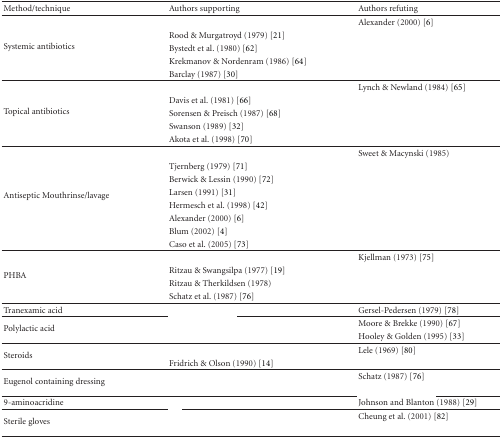
<table><thead><tr><td><b>Method/technique</b></td><td><b>Authors supporting</b></td><td><b>Authors refuting</b></td></tr></thead><tbody><tr><td rowspan="5">Systemic antibiotics</td><td>[EMPTY_CELL]</td><td>Alexander (2000) [6]</td></tr><tr><td>Rood &amp; Murgatroyd (1979) [21]</td><td>[EMPTY_CELL]</td></tr><tr><td>Bystedt et al. (1980) [62]</td><td>[EMPTY_CELL]</td></tr><tr><td>Krekmanov &amp; Nordenram (1986) [64]</td><td>[EMPTY_CELL]</td></tr><tr><td>Barclay (1987) [30]</td><td>[EMPTY_CELL]</td></tr><tr><td rowspan="5">Topical antibiotics</td><td>[EMPTY_CELL]</td><td>Lynch &amp; Newland (1984) [65]</td></tr><tr><td>Davis et al. (1981) [66]</td><td>[EMPTY_CELL]</td></tr><tr><td>Sorensen &amp; Preisch (1987) [68]</td><td>[EMPTY_CELL]</td></tr><tr><td>Swanson (1989) [32]</td><td>[EMPTY_CELL]</td></tr><tr><td>Akota et al. (1998) [70]</td><td>[EMPTY_CELL]</td></tr><tr><td rowspan="8">Antiseptic Mouthrinse/lavage</td><td>[EMPTY_CELL]</td><td>Sweet &amp; Macynski (1985)</td></tr><tr><td>Tjernberg (1979) [71]</td><td>[EMPTY_CELL]</td></tr><tr><td>Berwick &amp; Lessin (1990) [72]</td><td>[EMPTY_CELL]</td></tr><tr><td>Larsen (1991) [31]</td><td>[EMPTY_CELL]</td></tr><tr><td>Hermesch et al.<i> (1998)</i> [42]</td><td>[EMPTY_CELL]</td></tr><tr><td>Alexander (2000) [6]</td><td>[EMPTY_CELL]</td></tr><tr><td>Blum (2002) [4]</td><td>[EMPTY_CELL]</td></tr><tr><td>Caso et al. (2005) [73]</td><td>[EMPTY_CELL]</td></tr><tr><td rowspan="4">PHBA</td><td>[EMPTY_CELL]</td><td>Kjellman (1973) [75]</td></tr><tr><td>Ritzau &amp; Swangsilpa (1977) [19]</td><td>[EMPTY_CELL]</td></tr><tr><td>Ritzau &amp; Therkildsen (1978)</td><td>[EMPTY_CELL]</td></tr><tr><td>Schatz et al. (1987) [76]</td><td>[EMPTY_CELL]</td></tr><tr><td>Tranexamic acid</td><td>[EMPTY_CELL]</td><td>Gersel-Pedersen (1979) [78]</td></tr><tr><td rowspan="2">Polylactic acid</td><td>[EMPTY_CELL]</td><td>Moore &amp; Brekke (1990) [67]</td></tr><tr><td>[EMPTY_CELL]</td><td>Hooley &amp; Golden (1995) [33]</td></tr><tr><td rowspan="2">Steroids</td><td>[EMPTY_CELL]</td><td>Lele (1969) [80]</td></tr><tr><td>Fridrich &amp; Olson (1990) [14]</td><td>[EMPTY_CELL]</td></tr><tr><td rowspan="2">Eugenol containing dressing</td><td>[EMPTY_CELL]</td><td>Schatz (1987) [76]</td></tr><tr><td>[EMPTY_CELL]</td><td>[EMPTY_CELL]</td></tr><tr><td>9-aminoacridine</td><td>[EMPTY_CELL]</td><td>Johnson and Blanton (1988) [29]</td></tr><tr><td rowspan="2">Sterile gloves</td><td>[EMPTY_CELL]</td><td>Cheung et al. (2001) [82]</td></tr><tr><td>[EMPTY_CELL]</td><td>[EMPTY_CELL]</td></tr></tbody></table>